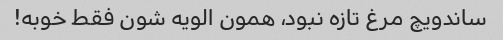
ساندویچ مرغ تازه نبود، همون الویه شون فقط خوبه!